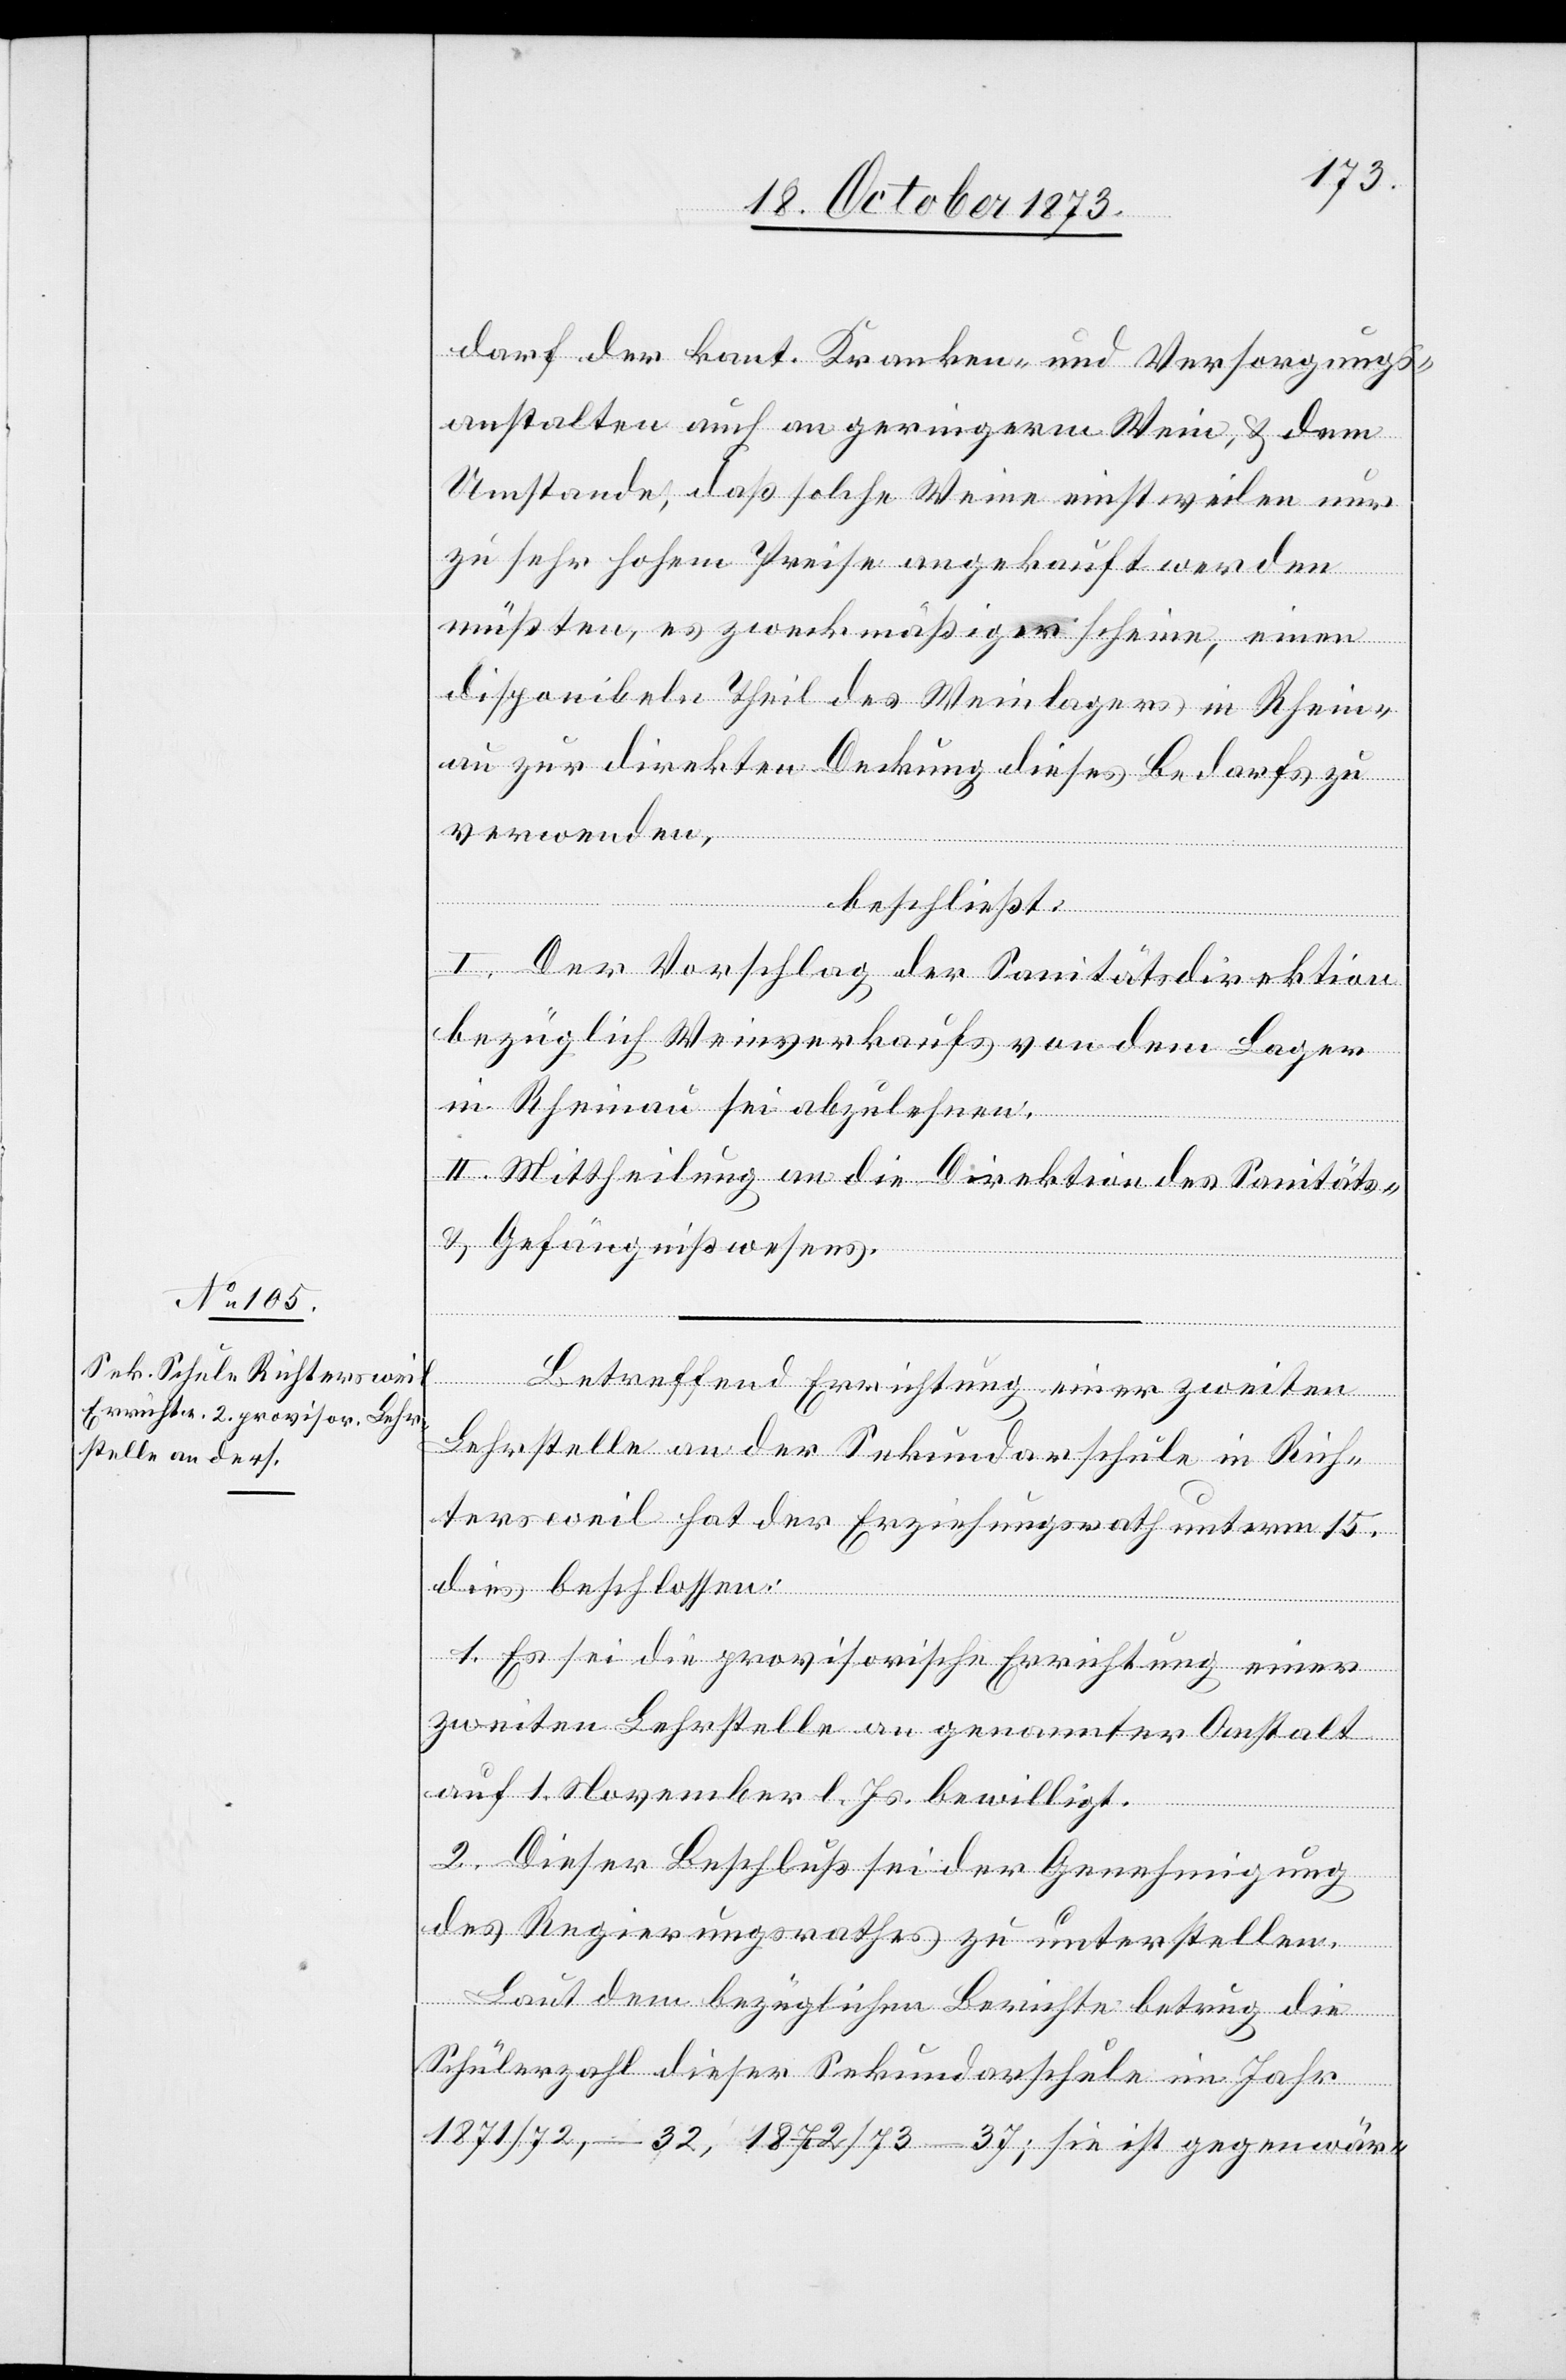
darf der kant. Kranken- und Versorgungs¬
anstalten auch an geringerm Wein, & dem
Umstande, daß solche Weine einstweilen nur
zu sehr hohem Preise angekauft werden
müßten, es zweckmäßiger scheine, einen
disponibeln Theil des Weinlagers in Rhein¬
au zur direkten Deckung dieses Bedarfs zu
verwenden,
beschließt:
I. Der Vorschlag der Sanitätsdirektion
bezüglich Weinverkaufs von dem Lager
in Rheinau sei abzulehnen.
II. Mittheilung an die Direktion des Sanitäts-
& Gefängnißwesens.
Betreffend Errichtung einer zweiten
Lehrstelle an der Sekundarschule in Rich¬
tersweil hat der Erziehungsrath unterm 15.
dies beschlossen:
1. Es sei die provisorische Errichtung einer
zweiten Lehrstelle an genannter Anstalt
auf 1. November l. Js. bewilligt.
2. Dieser Beschluß sei der Genehmigung
des Regierungsrathes zu unterstellen.
Laut dem bezüglichen Berichte betrug die
Schülerzahl dieser Sekundarschule im Jahr
1871/72, – 32, 1872/73 – 37; sie ist gegenwär-